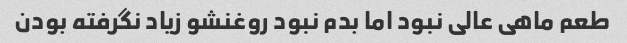
طعم ماهی عالی نبود اما بدم نبود روغنشو زیاد نگرفته بودن